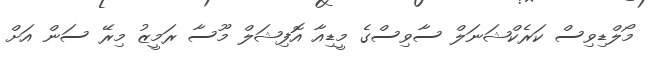
މޯލްޑިވިސް ކަރެކްޝަނަލް ސާވިސްގެ މީޑިއާ އޮފިޝަލް މޫސާ ރަމީޒު މިރޭ ސަން އަށް